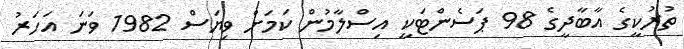
ތުރުކީގެ އާބާދީގެ 98 ޕަސެންޓަކީ އިސްލާމުން ކަމަށް ވިޔަސް 1982 ވަނަ އަހަރު